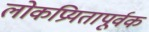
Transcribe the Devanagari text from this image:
लोकप्रियतापूर्वक